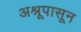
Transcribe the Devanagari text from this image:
अश्रूपासून